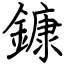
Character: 鏮